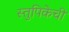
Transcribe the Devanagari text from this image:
स्तुपिकेची